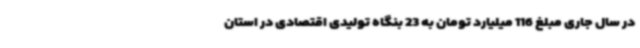
در سال جاری مبلغ 116 میلیارد تومان به 23 بنگاه تولیدی اقتصادی در استان